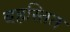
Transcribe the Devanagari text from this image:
बहस्तित